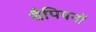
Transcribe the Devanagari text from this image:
चैपियनों